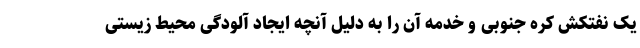
یک نفتکش کره جنوبی و خدمه آن را به دلیل آنچه ایجاد آلودگی محیط زیستی